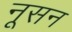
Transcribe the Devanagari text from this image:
नूसन